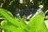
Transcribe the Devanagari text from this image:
बुलडोझरच्या